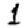
Digit: 1